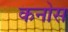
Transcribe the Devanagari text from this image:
कनोस